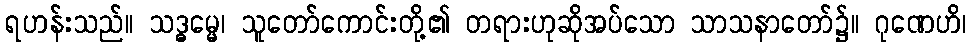
ရဟန်းသည်။ သဒ္ဓမ္မေ၊ သူတော်ကောင်းတို့၏ တရားဟုဆိုအပ်သော သာသနာတော်၌။ ဂုဏေဟိ၊